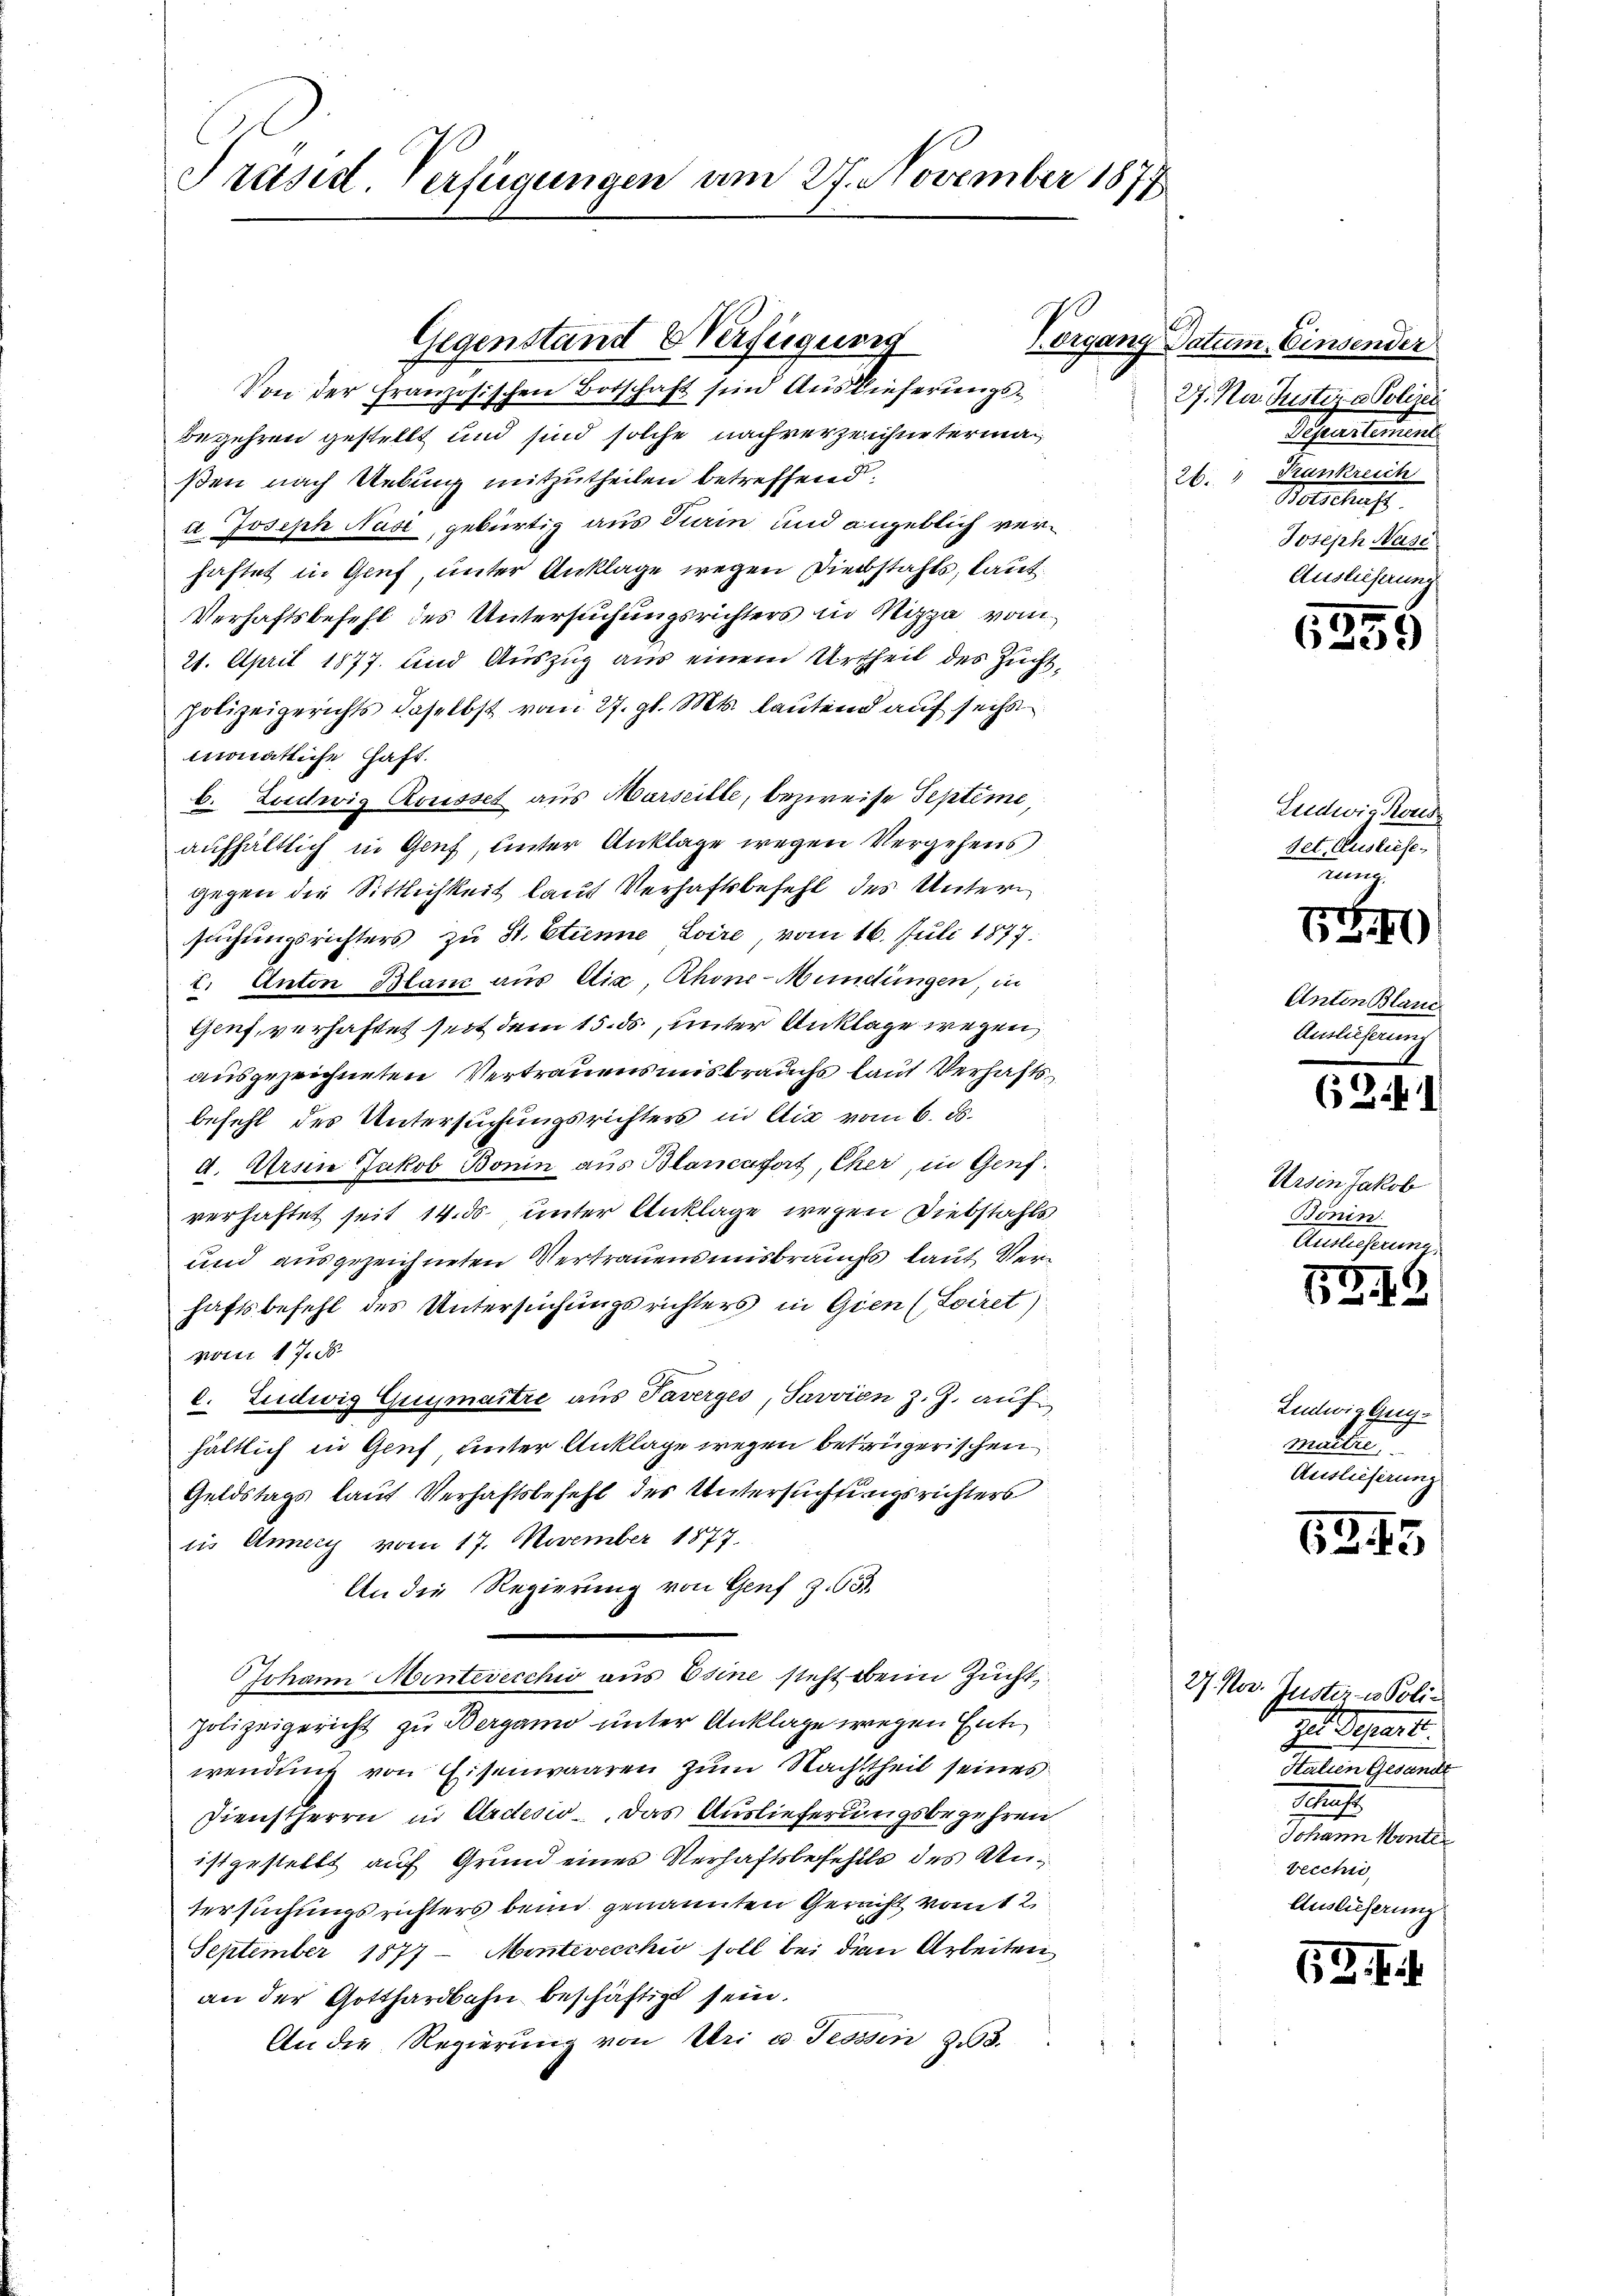
Präsid. Verfügungen am 27. November 1877

h
Gegenstand Verfügung
Von der Französischen Botschaft sind Auslieferungsbegehren gestellt und sind solche nachverzeichnetermaßen nach Uebung mitzutheilen betreffend.
u Joseph Nase, gebürtig aus Turin und angeblich verhaftet in Genf unter Anklage wegen Diebstahls, laut
Verhaftsbefehl des Untersuchungsrichters in Nizza vom
21. April 1877. und Auszug aus einem Urtheil des Zuchtpolizeigerichts daselbst vom 27. gl. Mts. lautend auf sechs
monatliche Haft.
b. Ludwig Rousset aus Marseille, bezweife Septeme,
aufhältlich in Genf, unter Anklage wegen Vergehens
gegen die Sittlichkeit lauf Verhaftsbefehl des Untern
suchungsrichters zu St. Etine Loire, vom 16. Juli 1877.
I. Anton Blanc aus etia, Rhone-Mündungen, in
Genf, verhaftet seit dem 15. ds., unter Anklage wegen
ausgezeichneten Vertrauensmisbrauchs laut Verhaftsbefehl des Untersuchungsrichters in Aix vom 6. ds.
d. Arsen Jakob Bonin aus Blancafort, Cher, in Genf.
verhaftet seit 14. ds. unter Anklage wegen Diebstahls
und ausgezeichneten Vertrauensmisbrauchs laut Verhaftsbefehl des Untersuchungsrichters in Gien (Loiret)
vom 17. d.
l. Ludwig Guymaître aus Taverges, Savvien z. Z. auf
hältlich in Genf unter Anklage wegen betrügerischen
Geldstags laut Verhaftsbefehl des Untersuchtungsrichters
iis Annert vom 17. November 1877.
An die Regierung von Genf Z. 635.
Johann Mintevecchi aus Esine steht beim Zucht,
polizeigericht zu Bergamo unter Anklage wegen Ent
wendung von Eisenwaaren zum Nachtheil seines
Dienstherrn in Ardion, das Auslieferungsbegehren
istgestellt auf Grund eines Verhaftsbefehlls des Untersuchungsrichters beim genannten Gericht vom 2
September 1877 - Montevecchio soll bei den Arbeiten
an der Gotthardbahn beschäftigt sein.
An die Regierung von Uri u. Tessin 23.

zorgang Datum Einsender
27. Nur Justiz & Polizen
Departemens
26.  Frankreich
Welschaf
Joseph Neisi
Auslieferung

5355

Ludwig Kons
det. Ausliefe
rung.

3
67)

Anton Blani
Auslieferung

62. 1

Ussin Jakob
Bonin.
Auslieferung

575.
6

Ludwig Gemaitre
Auslieferung

6215

27. Nov. Justiz- & Poligel. Separt.
Stalien Gesandt
.
Johann Monte
vecchi,
Auslieferung

63 f.